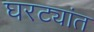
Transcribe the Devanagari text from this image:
घरट्यांत